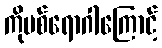
ကိုဗစ်ရောဂါကြောင့်